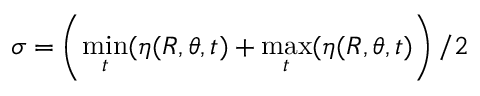
\sigma = \left( \operatorname* { m i n } _ { t } ( \eta ( R , \theta , t ) + \operatorname* { m a x } _ { t } ( \eta ( R , \theta , t ) \right) / 2